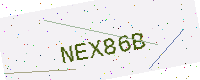
Text: NEX86B